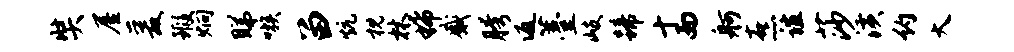
奘屋爰瑕炯睇嗾留炕枕林稀感胯返薹岐蹄十而舸熹谊莎潢约大